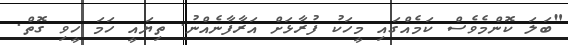
"ބަލަ ކޮންމެވެސް ކަމެއްގައި މީހަކު ފުރާޅަށް އަރާފާނެއްނު. ތިޔައީ ހަމަ ހީވި ގޮތް.